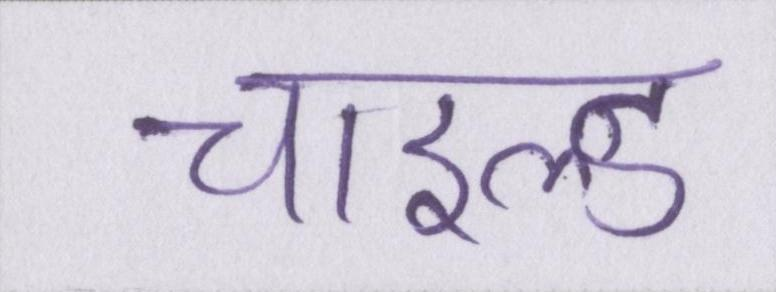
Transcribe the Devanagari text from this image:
चाइल्ड